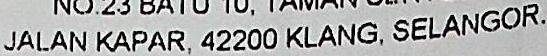
JALAN KAPAR, 42200 KLANG, SELANGOR.